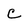
Character: c